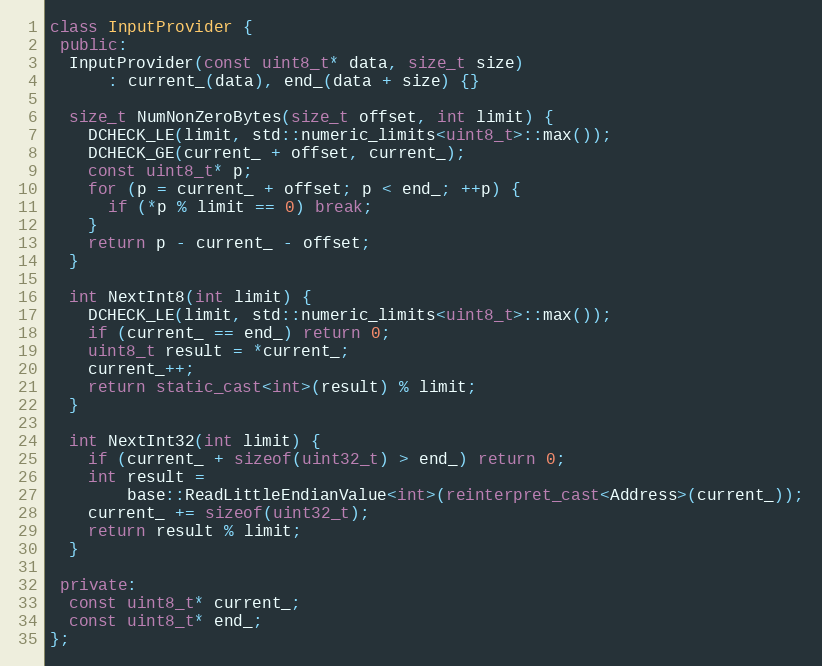
Language: C++
class InputProvider {
 public:
  InputProvider(const uint8_t* data, size_t size)
      : current_(data), end_(data + size) {}

  size_t NumNonZeroBytes(size_t offset, int limit) {
    DCHECK_LE(limit, std::numeric_limits<uint8_t>::max());
    DCHECK_GE(current_ + offset, current_);
    const uint8_t* p;
    for (p = current_ + offset; p < end_; ++p) {
      if (*p % limit == 0) break;
    }
    return p - current_ - offset;
  }

  int NextInt8(int limit) {
    DCHECK_LE(limit, std::numeric_limits<uint8_t>::max());
    if (current_ == end_) return 0;
    uint8_t result = *current_;
    current_++;
    return static_cast<int>(result) % limit;
  }

  int NextInt32(int limit) {
    if (current_ + sizeof(uint32_t) > end_) return 0;
    int result =
        base::ReadLittleEndianValue<int>(reinterpret_cast<Address>(current_));
    current_ += sizeof(uint32_t);
    return result % limit;
  }

 private:
  const uint8_t* current_;
  const uint8_t* end_;
};